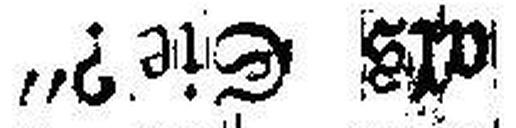
als Sie?“